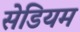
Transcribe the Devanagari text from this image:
सेडियम